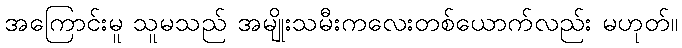
အကြောင်းမူ သူမသည် အမျိုးသမီးကလေးတစ်ယောက်လည်း မဟုတ်။